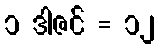
၁ ဒါဇင် = ၁၂